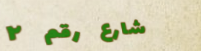
شارع رقم ٢